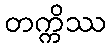
တက္ကိဿ